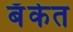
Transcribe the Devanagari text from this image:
बॅँकेत